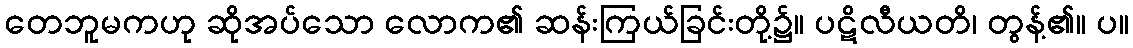
တေဘူမကဟု ဆိုအပ်သော လောက၏ ဆန်းကြယ်ခြင်းတို့၌။ ပဋိလီယတိ၊ တွန့်၏။ ပ။